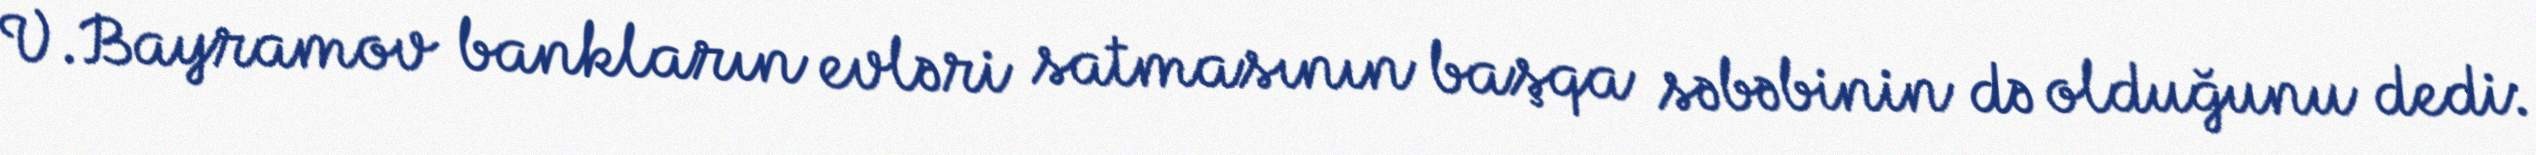
V.Bayramov bankların evləri satmasının başqa səbəbinin də olduğunu dedi: